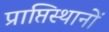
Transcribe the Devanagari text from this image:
प्राप्तिस्थानों